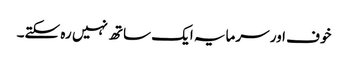
خوف اور سرمایہ ایک ساتھ نہیں رہ سکتے۔